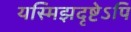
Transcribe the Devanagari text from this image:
यस्मिझदृष्टेऽपि